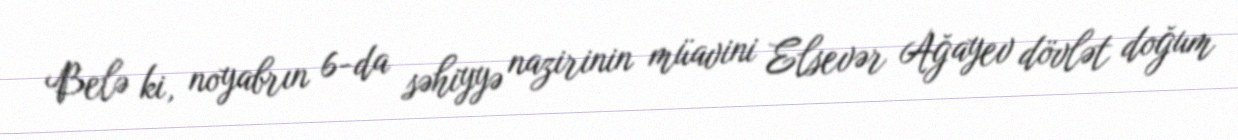
Belə ki, noyabrın 6-da səhiyyə nazirinin müavini Elsevər Ağayev dövlət doğum